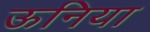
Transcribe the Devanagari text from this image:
ऊनिया